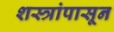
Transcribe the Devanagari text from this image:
शस्त्रांपासून